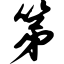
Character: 第